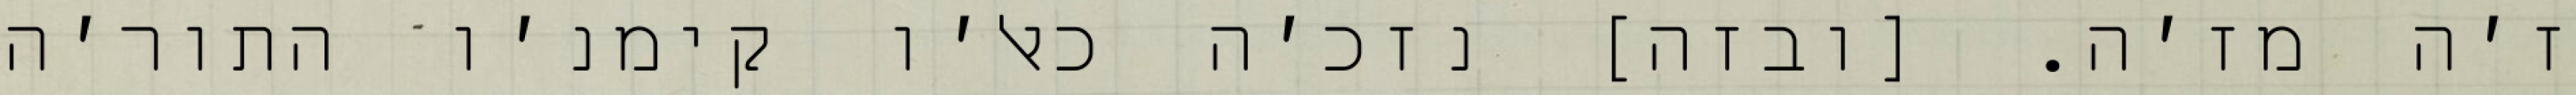
ז׳ה מז׳ה. [ובזה] נזכ׳ה כאל׳ו קימנ׳ו התור׳ה